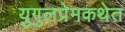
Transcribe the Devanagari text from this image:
युगुलप्रेमकथेत